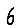
Digit: 6